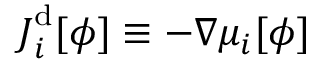
\boldsymbol { J } _ { i } ^ { \mathrm { d } } [ \phi ] \equiv - \nabla { \mu _ { i } } [ \phi ]